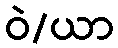
ဝဲ/ယာ